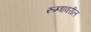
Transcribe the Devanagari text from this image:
रुग्णावरील